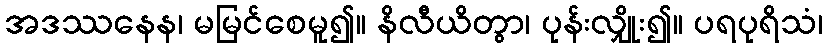
အဒဿနေန၊ မမြင်စေမူ၍။ နိလီယိတွာ၊ ပုန်းလျှိုး၍။ ပရပုရိသံ၊